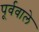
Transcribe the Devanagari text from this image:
पूर्ववाले